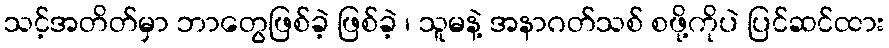
သင့်အတိတ်မှာ ဘာတွေဖြစ်ခဲ့ ဖြစ်ခဲ့ ၊ သူမနဲ့ အနာဂတ်သစ် စဖို့ကိုပဲ ပြင်ဆင်ထား